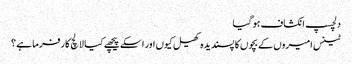
دلچسپ انکشاف ہو گیا
ٹینس امیروں کے بچوں کا پسندیدہ کھیل کیوں اور اسکے پیچھے کیا لالچ کارفرما ہے ؟